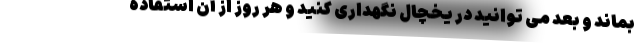
بماند و بعد می توانید در یخچال نگهداری کنید و هر روز از آن استفاده